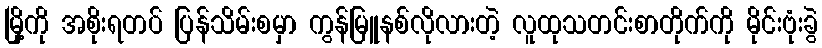
မြို့ကို အစိုးရတပ် ပြန်သိမ်းစမှာ ကွန်မြူနစ်လိုလားတဲ့ လူထုသတင်းစာတိုက်ကို မိုင်းဗုံးခွဲ